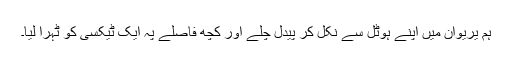
ہم یریوان میں اپنے ہوٹل سے نکل کر پیدل چلے اور کچھ فاصلے پہ ایک ٹیکسی کو ٹہرا لیا۔